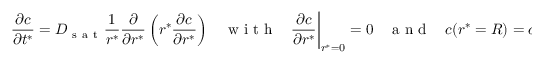
\frac { \partial c } { \partial t ^ { * } } = D _ { \mathrm { ~ s ~ a ~ t ~ } } \frac { 1 } { r ^ { * } } \frac { \partial } { \partial r ^ { * } } \left( r ^ { * } \frac { \partial c } { \partial r ^ { * } } \right) ~ ~ ~ ~ \mathrm { ~ w ~ i ~ t ~ h ~ } ~ ~ ~ ~ \frac { \partial c } { \partial r ^ { * } } \biggr | _ { r ^ { * } = 0 } = 0 ~ ~ ~ ~ \mathrm { ~ a ~ n ~ d ~ } ~ ~ ~ ~ c ( r ^ { * } = R ) = c _ { \mathrm { ~ s ~ a ~ t ~ } } .